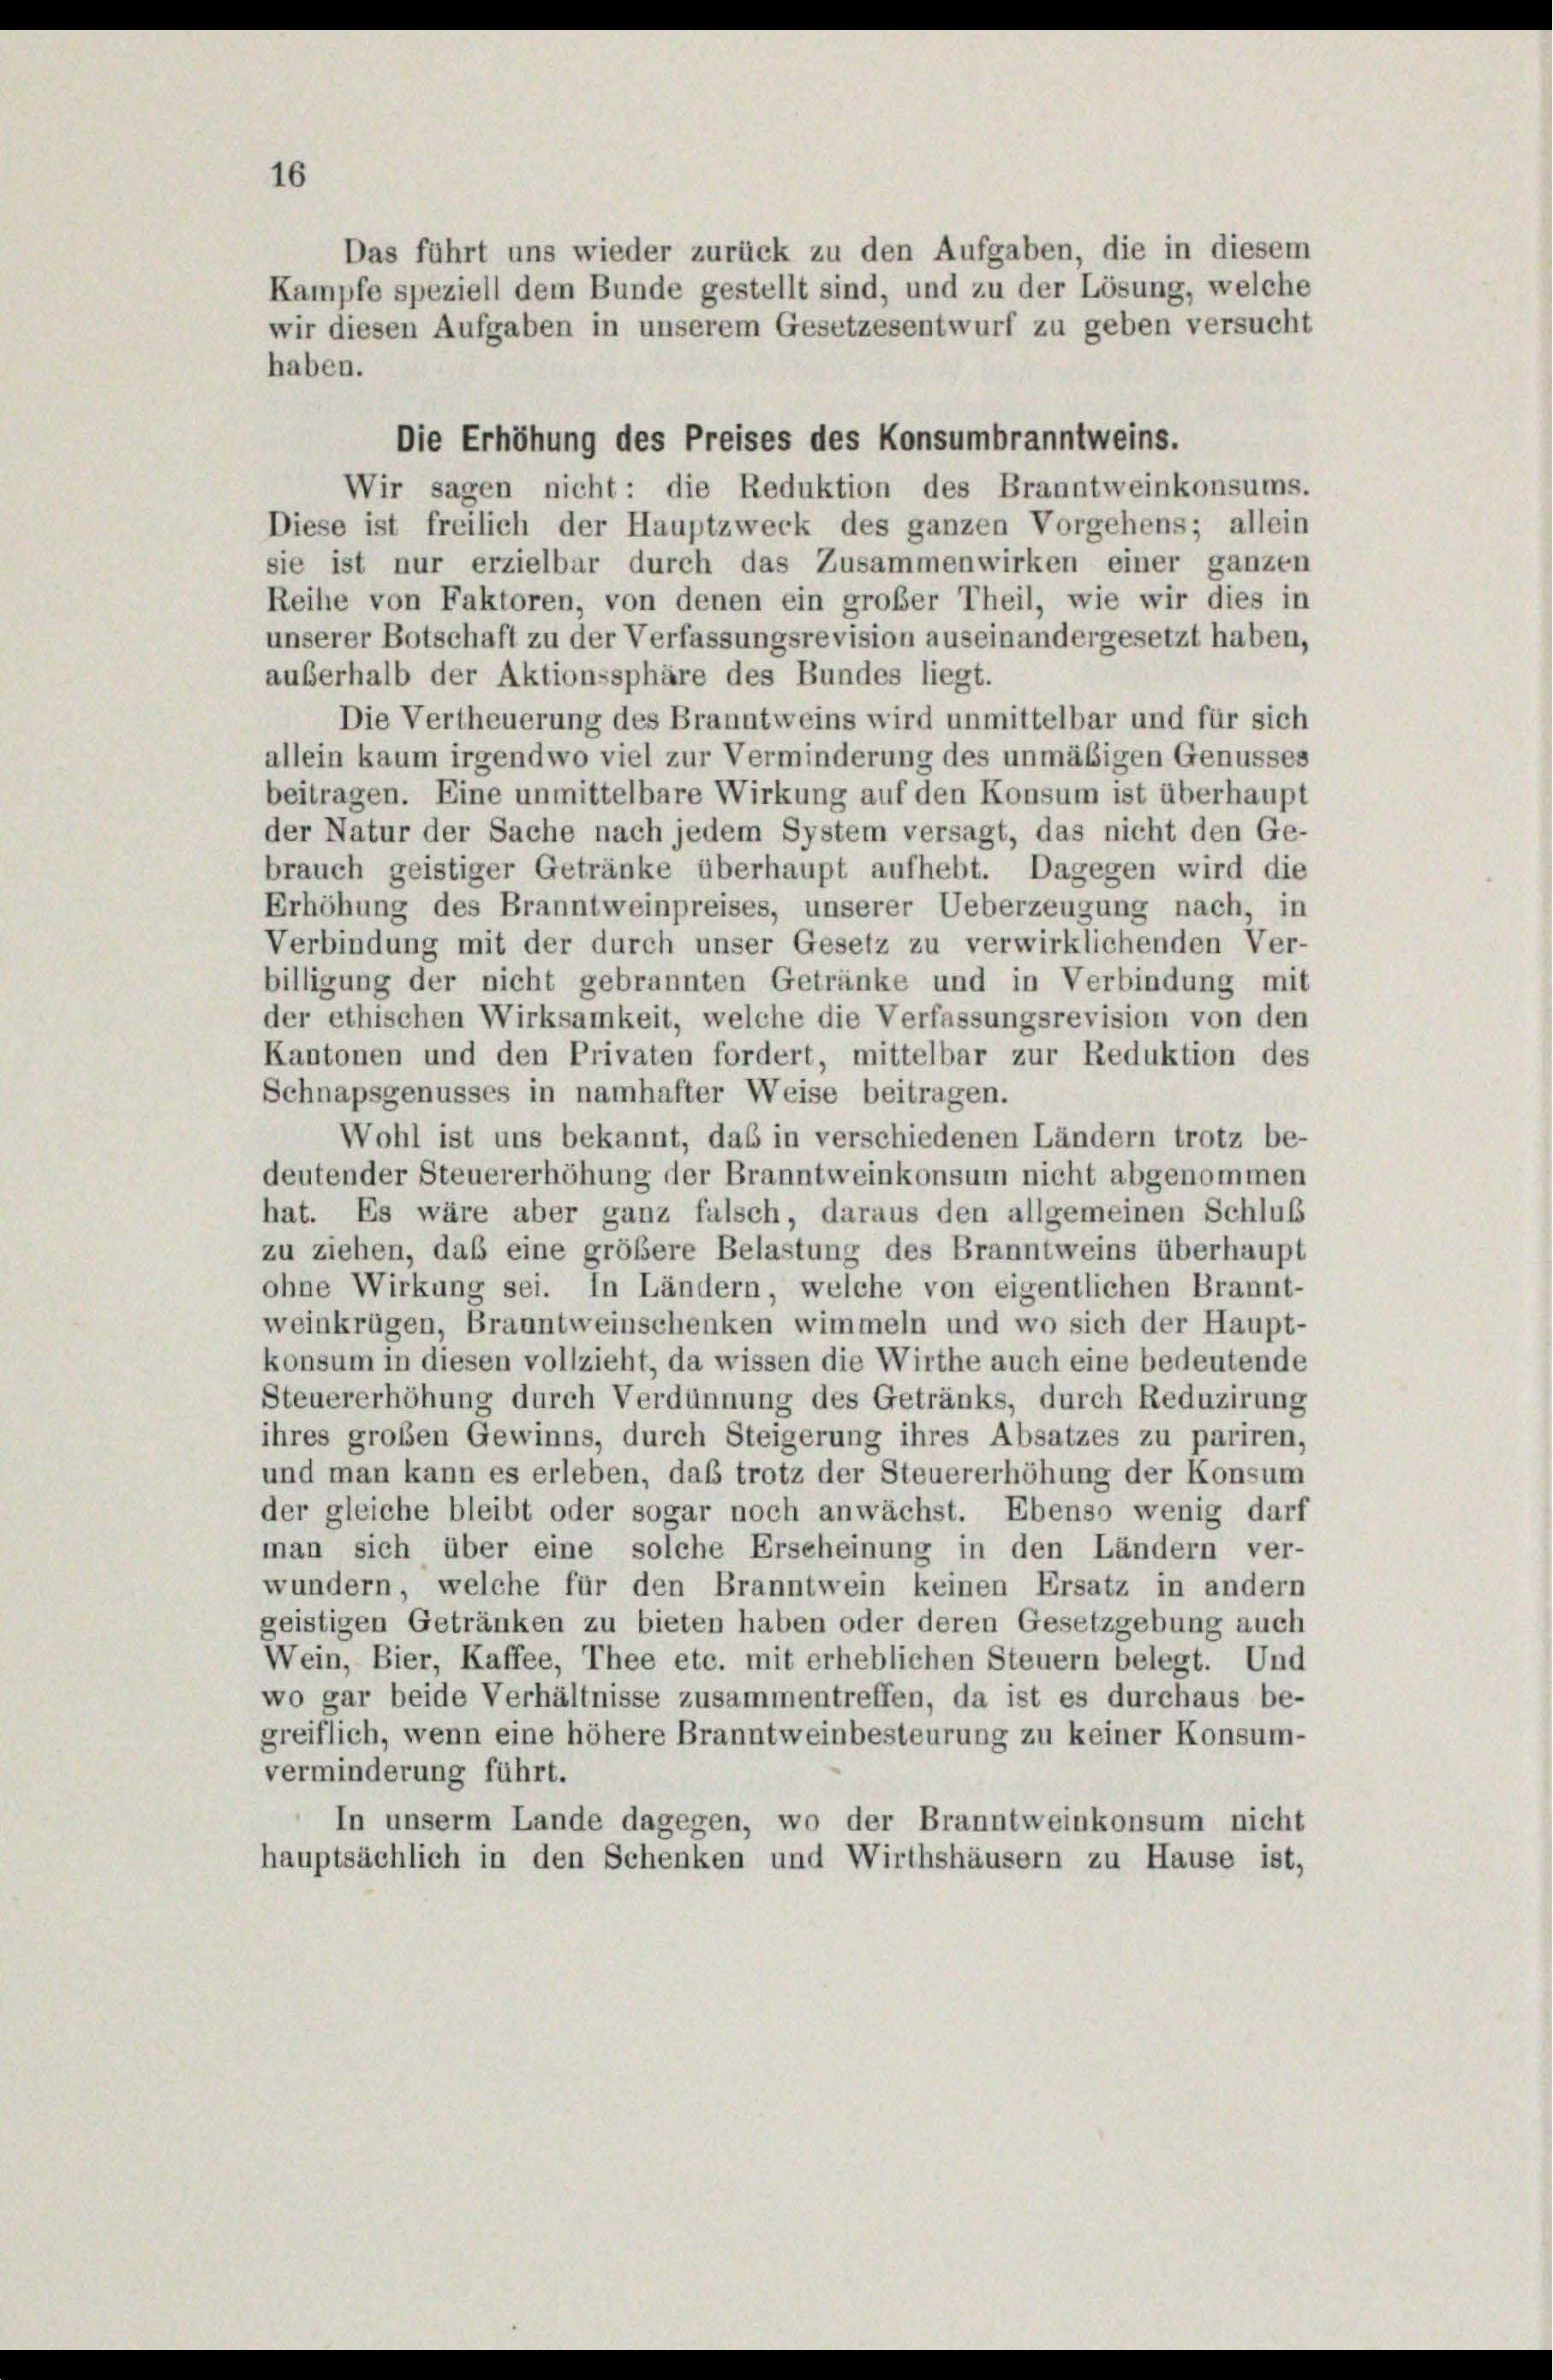
Die Erhöhung des Preises des Konsumbranntweins.
Wir sagen nicht: die Reduktion des Branntweinkonsums.
Diese ist freilich der Hauptzweck des ganzen Vorgehens; allein
sie ist nur erzielbar durch das Zusammenwirken einer ganzen
Reihe von Faktoren, von denen ein großer Theil, wie wir dies in
unserer Botschaft zu der Verfassungsrevision auseinandergesetzt haben,
außerhalb der Aktionssphäre des Bundes liegt.
Die Vertheuerung des Branntweins wird unmittelbar und für sich
allein kaum irgendwo viel zur Verminderung des unmäßigen Genusses
beitragen. Eine unmittelbare Wirkung auf den Konsum ist überhaupt
der Natur der Sache nach jedem System versagt, das nicht den Ge-
brauch geistiger Getränke überhaupt aufhebt. Dagegen wird die
Erhöhung des Branntweinpreises, unserer Ueberzeugung nach, in
Verbindung mit der durch unser Gesetz zu verwirklichenden Ver-
billigung der nicht gebrannten Getränke und in Verbindung mit
der ethischen Wirksamkeit, welche die Verfassungsrevision von den
Kantonen und den Privaten fordert, mittelbar zur Reduktion des
Schnapsgenusses in namhafter Weise beitragen.
Wohl ist uns bekannt, das in verschiedenen Ländern trotz be-
deutender Steuererhöhung der Branntweinkonsum nicht abgenommen
hat. Es wäre aber ganz falsch, daraus den allgemeinen Schluß
zu ziehen, das eine größere Belastung des Branntweins überhaupt
ohne Wirkung sei. In Ländern, welche von eigentlichen Brannt-
weinkrügen, Branntweinschenken wimmeln und wo sich der Haupt-
konsum in diesen vollzieht, da wissen die Wirthe auch eine bedeutende
Steuererhöhung durch Verdünnung des Getränks, durch Reduzirung
ihres großen Gewinns, durch Steigerung ihres Absatzes zu pariren,
und man kann es erleben, daß trotz der Steuererhöhung der Konsum
der gleiche bleibt oder sogar noch anwächst. Ebenso wenig darf
man sich über eine solche Erscheinung in den Ländern ver-
wundern, welche für den Branntwein keinen Ersatz in andern
geistigen Getränken zu bieten haben oder deren Gesetzgebung auch
Wein, Bier, Kaffee, Thee etc. mit erheblichen Steuern belegt. Und
wo gar beide Verhältnisse zusammentreffen, da ist es durchaus be-
greiflich, wenn eine höhere Branntweinbesteurung zu keiner Konsum-
verminderung führt.
In unserm Lande dagegen, wo der Branntweinkonsum nicht
hauptsächlich in den Schenken und Wirthshäusern zu Hause ist,

Das führt uns wieder zurück zu den Aufgaben, die in diesem
Kampfe speziell dem Bunde gestellt sind, und zu der Lösung, welche
wir diesen Aufgaben in unserem Gesetzesentwurf zu geben versucht
haben.